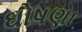
ઘોષણા